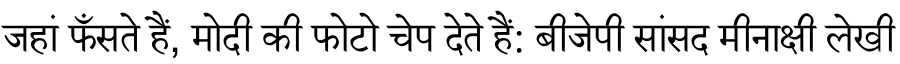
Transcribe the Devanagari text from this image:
जहां फँसते हैं, मोदी की फोटो चेप देते हैं: बीजेपी सांसद मीनाक्षी लेखी